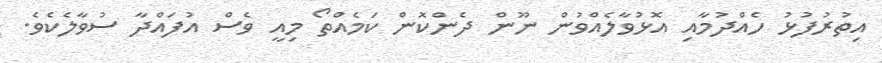
އިތުރުފުޅު ހެއްދުމާއި އޮޅުވާލެއްވުން ނޫން ދެންކޮން ކަމެއްތޯ މިއީ ވެސް އުފައްދާ ސުވާލެކެވެ.